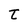
Character: t